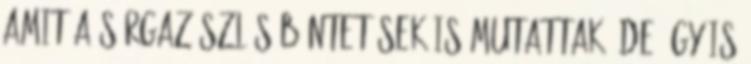
amit a sárgazászlós büntetések is mutattak, de így is